Plague in India, 1896, 1897 - Volume 1
Year: 1896
Disease focus: Plague
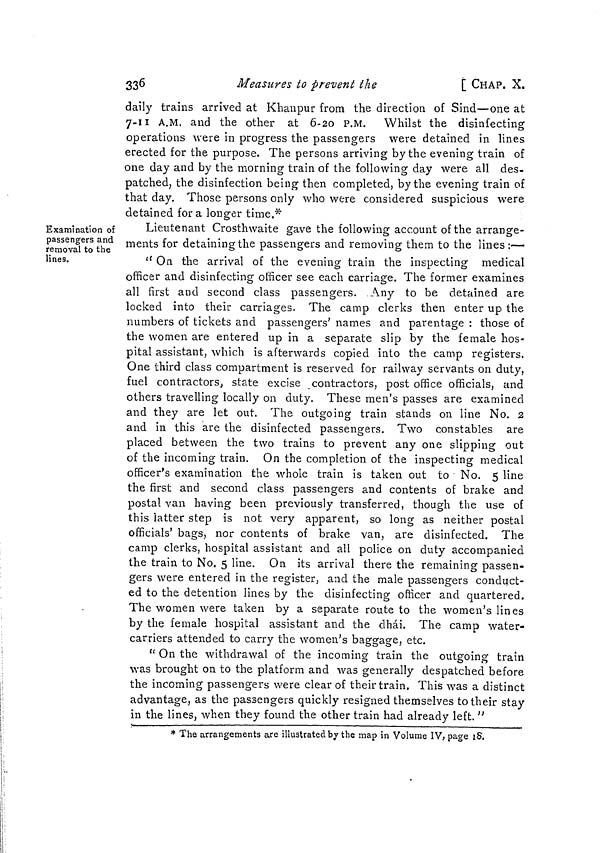
336
Measures to prevent the
[ CHAP. X.
daily trains arrived at Khanpur from the direction of Sind—one at
7-11 A.M. and the other at 6-20 P.M. Whilst the disinfecting
operations were in progress the passengers were detained in lines
erected for the purpose. The persons arriving by the evening train of
one day and by the morning train of the following day were all des-
patched, the disinfection being then completed, by the evening train of
that day. Those persons only who were considered suspicious were
detained for a longer time.*
Examination of
passengers and
removal to the
lines.
Lieutenant Crosthwaite gave the following account of the arrange-
ments for detaining the passengers and removing them to the lines:—
" On the arrival of the evening train the inspecting medical
officer and disinfecting officer see each carriage. The former examines
all first and second class passengers. Any to be detained are
locked into their carriages. The camp clerks then enter up the
numbers of tickets and passengers' names and parentage : those of
the women are entered up in a separate slip by the female hos-
pital assistant, which is afterwards copied into the camp registers.
One third class compartment is reserved for railway servants on duty,
fuel contractors, state excise contractors, post office officials, and
others travelling locally on duty. These men's passes are examined
and they are let out. The outgoing train stands on line No. 2
and in this are the disinfected passengers. Two constables are
placed between the two trains to prevent any one slipping out
of the incoming train. On the completion of the inspecting medical
officer's examination the whole train is taken out to • No. 5 line
the first and second class passengers and contents of brake and
postal van having been previously transferred, though the use of
this latter step is not very apparent, so long as neither postal
officials' bags, nor contents of brake van, are disinfected. The
camp clerks, hospital assistant and all police on duty accompanied
the train to No. 5 line. On its arrival there the remaining passen-
gers were entered in the register, and the male passengers conduct-
ed to the detention lines by the disinfecting officer and quartered.
The women were taken by a separate route to the women's lines
by the female hospital assistant and the dhái. The camp water-
carriers attended to carry the women's baggage, etc.
" On the withdrawal of the incoming train the outgoing train
was brought on to the platform and was generally despatched before
the incoming passengers were clear of their train. This was a distinct
advantage, as the passengers quickly resigned themselves to their stay
in the lines, when they found the other train had already left. "
* The arrangements are illustrated by the map in Volume IV, page 18.